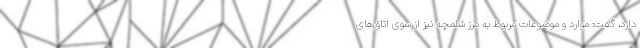
دارد، گفت: موارد و موضوعات مربوط به مرز شلمچه نیز از سوی اتاق‌های